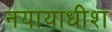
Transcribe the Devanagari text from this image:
नयायाधीश